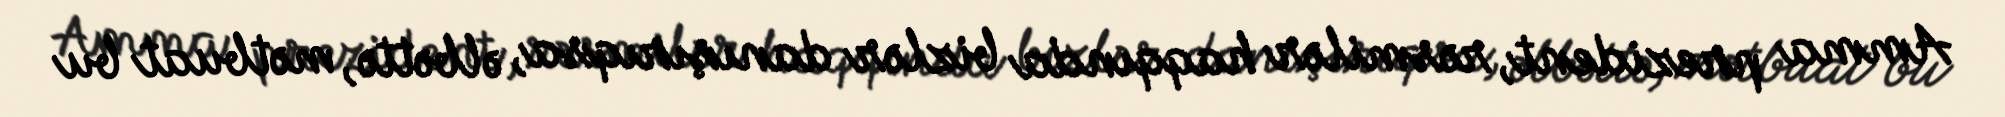
Amma prezident, rəsmilər haqqında bizlər danışırıqsa, əlbəttə, mətbuat bu